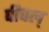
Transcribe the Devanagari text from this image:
पीपल्